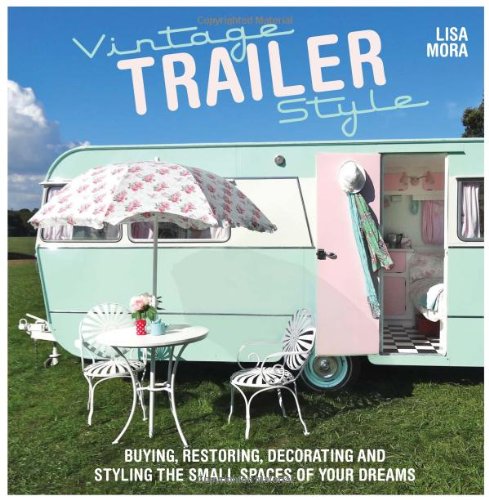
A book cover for Vintage Trailer Style: Buying, Restoring, Decorating & Styling the Small Place of Your Dreams; Lisa Mora; Engineering & Transportation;